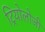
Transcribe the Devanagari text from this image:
ट्रियोलोजी